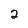
Character: 2